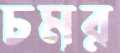
চমর